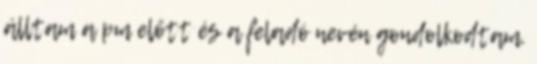
álltam a pm előtt és a feladó nevén gondolkodtam.